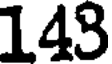
143